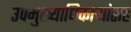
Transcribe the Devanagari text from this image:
उपमुख्याधिकाऱ्यांसह